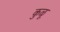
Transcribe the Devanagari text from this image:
कुळू